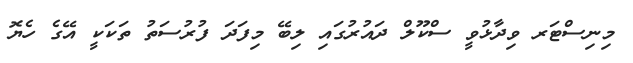
މިނިސްޓަރ ވިދާޅުވީ ސްކޫލް ދައުރުގައި ލިބޭ މިފަދަ ފުރުސަތު ތަކަކީ އޭގެ ހެޔޮ